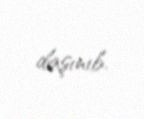
daşınıb.